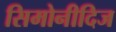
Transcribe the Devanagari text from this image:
सिमोनीदिज